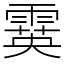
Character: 霙